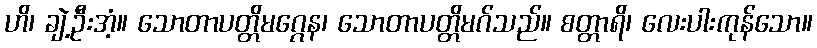
ဟိ၊ ချဲ့ဦးအံ့။ သောတာပတ္တိမဂ္ဂေန၊ သောတာပတ္တိမဂ်သည်။ စတ္တာရိ၊ လေးပါးကုန်သော။